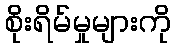
စိုးရိမ်မှုများကို